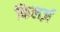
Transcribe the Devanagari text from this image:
किलर्ज़